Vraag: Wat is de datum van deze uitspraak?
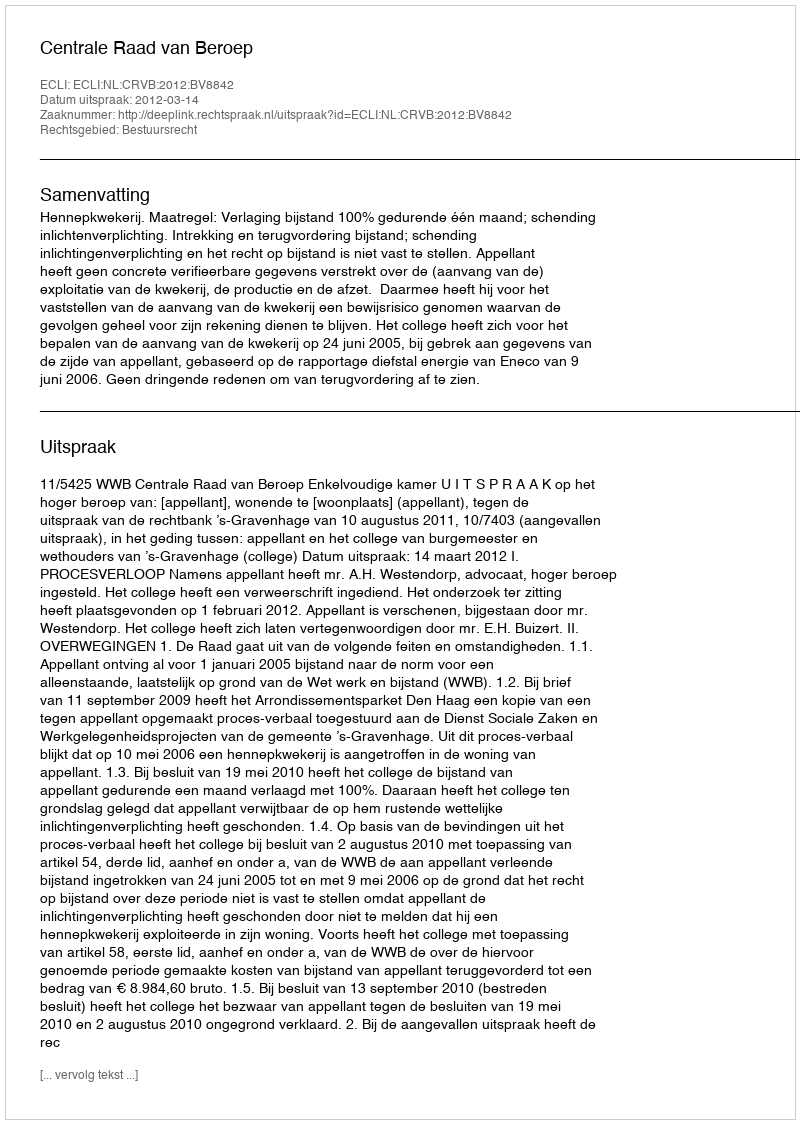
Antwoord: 2012-03-14